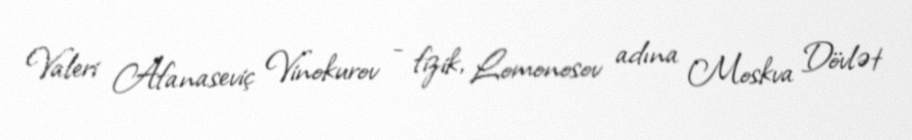
Valeri Afanaseviç Vinokurov - fizik, Lomonosov adına Moskva Dövlət